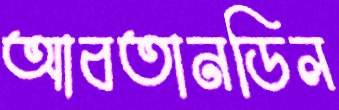
আবতানডিল